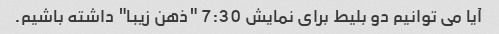
آیا می توانیم دو بلیط برای نمایش 7:30 "ذهن زیبا" داشته باشیم.